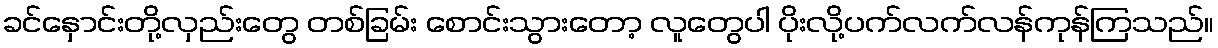
ခင်နှောင်းတို့လှည်းတွေ တစ်ခြမ်း စောင်းသွားတော့ လူတွေပါ ပိုးလို့ပက်လက်လန်ကုန်ကြသည်။